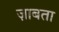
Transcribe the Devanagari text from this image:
ज़ाबता